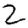
Digit: 2